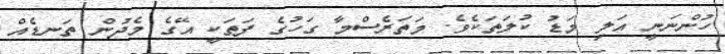
ހުންނަނީ އަލި މަޑު ކުލަތަކެވެ. މަތަރެސްމާ ގަހުގެ ފަތަކީ އޭގެ މެދުން ތަނޑެއް